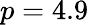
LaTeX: p=4.9